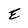
Character: E